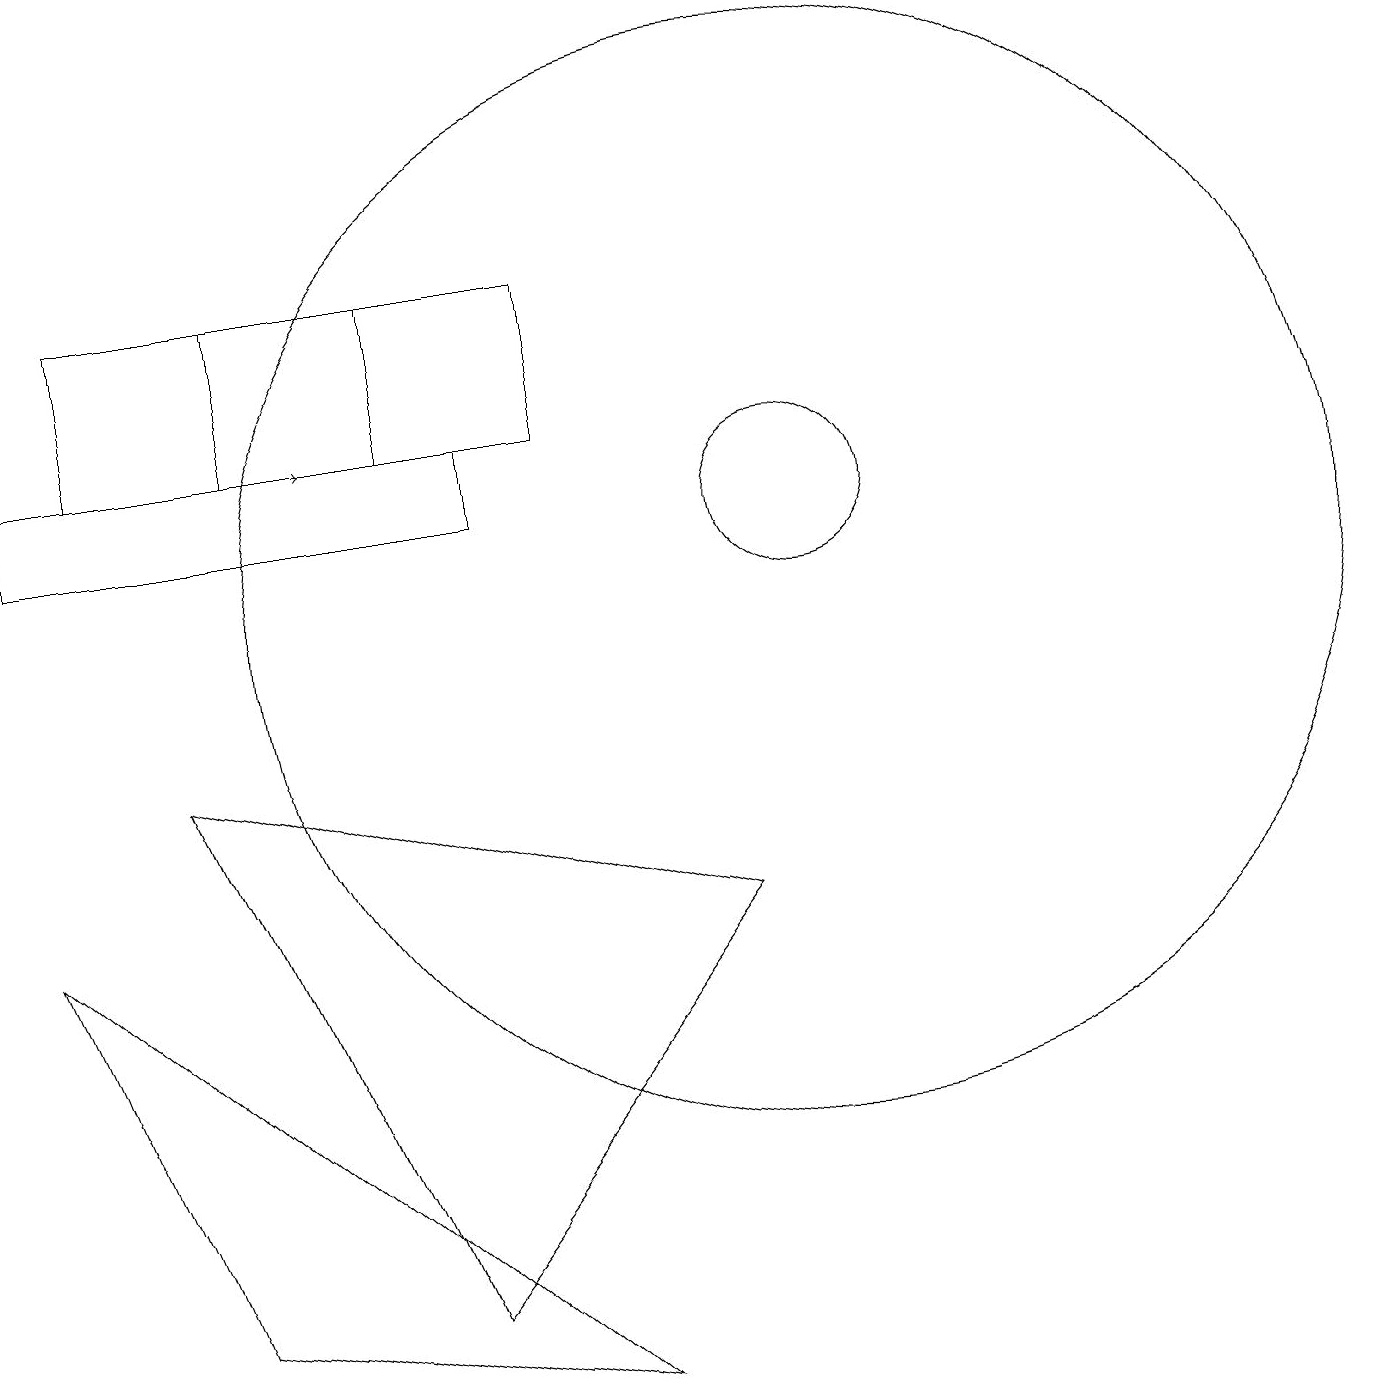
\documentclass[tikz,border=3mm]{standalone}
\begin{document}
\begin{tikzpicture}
\draw (10,10) circle (7);
\draw (5,12) rectangle (1,14);
\draw (6,12) rectangle (0,11);
\draw (5,1) -- (2,8) -- (9,6) -- cycle;
\draw (7,14) rectangle (3,12);
\draw[->] (1,12) -- (4,12);
\draw (0,6) -- (2,1) -- (7,0) -- cycle;
\draw (10,11) circle (1);
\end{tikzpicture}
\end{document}